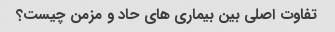
تفاوت اصلی بین بیماری های حاد و مزمن چیست؟